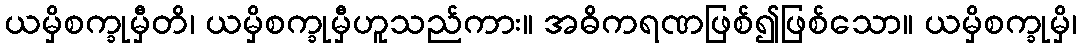
ယမှိစက္ခုမှီတိ၊ ယမှိစက္ခုမှီဟူသည်ကား။ အဓိကရဏဖြစ်၍ဖြစ်သော။ ယမှိစက္ခုမှိ၊